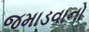
જમાડવાનો